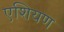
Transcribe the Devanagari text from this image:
एशियण